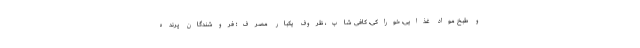
و طبخ مواد غذایی، خوراکی، کافی شاپ، ظروف یکبار مصرف؛ فروشندگان پرنده